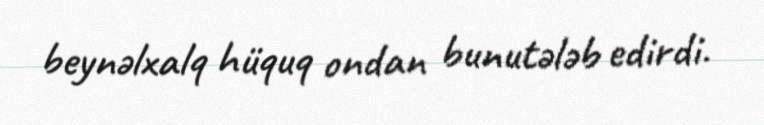
beynəlxalq hüquq ondan bunutələb edirdi.